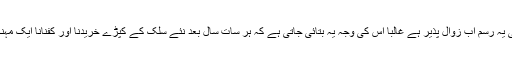
فمادھیانہ کی یہ رسم اب زوال پذیر ہے غالبا اس کی وجہ یہ بتائی جاتی ہے کہ ہر سات سال بعد نئے سلک کے کپڑے خریدنا اور کفنانا ایک مہنگا عمل ہے۔